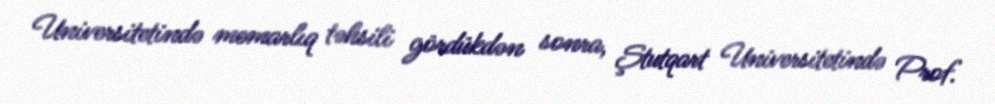
Universitetində memarlıq təhsili gördükdən sonra, Ştutqart Universitetində Prof.